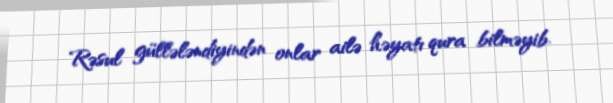
Rəsul güllələndiyindən onlar ailə həyatı qura bilməyib.